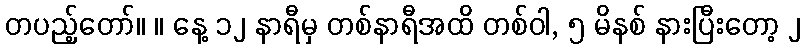
တပည့်တော်။ ။ နေ့ ၁၂ နာရီမှ တစ်နာရီအထိ တစ်ဝါ, ၅ မိနစ် နားပြီးတော့ ၂